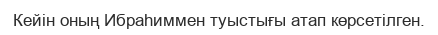
Кейін оның Ибраһиммен туыстығы атап көрсетілген.